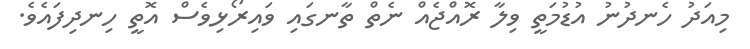
މިއަދު ހެނދުނު އުޑުމަތީ ވިލާ ރޮއްޖެއް ނެތް ތާނގައި ވައިރޯޅިވެސް އޮތީ ހިނދިފައެވެ.